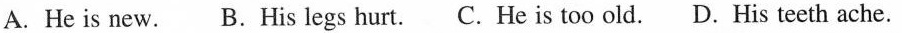
A. He is new. B. His legs hurt. C. He is too old. D. His teeth ache.